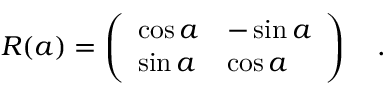
R ( a ) = \left( \begin{array} { l l } { { \cos a } } & { { - \sin a } } \\ { { \sin a } } & { { \cos a } } \end{array} \right) \quad .